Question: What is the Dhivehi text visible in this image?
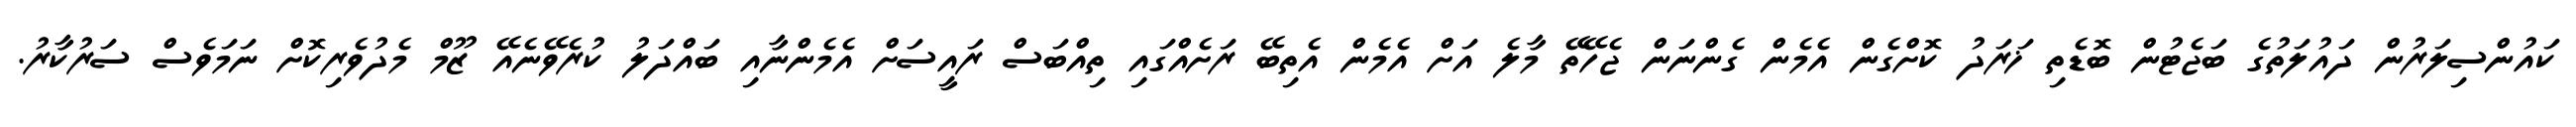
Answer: ކައުންސިލަރުން ދައުލަތުގެ ބަޖެޓުން ބޮޑެތި ޚަރަދު ކޮށްގެން އެމެން ގެންނަން ޖެހޭތޭ މާލެ އަށް އެމެން އެތިބޭ ރަށެއްގައި ތިއްބަސް ރައީސަށް އެމެންނާއި ބައްދަލު ކުރެވޭނެއޭ ޒޫމް މެދުވެރިކޮށް ނަމަވެސް ސަރުކާރު.